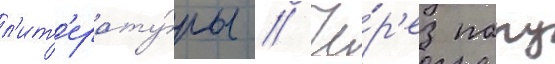
л'ит'ерату́ры // Че́р'ез пару